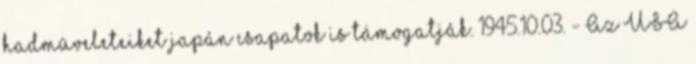
hadmûveleteiket japán csapatok is támogatják. 1945.10.03. - Az USA